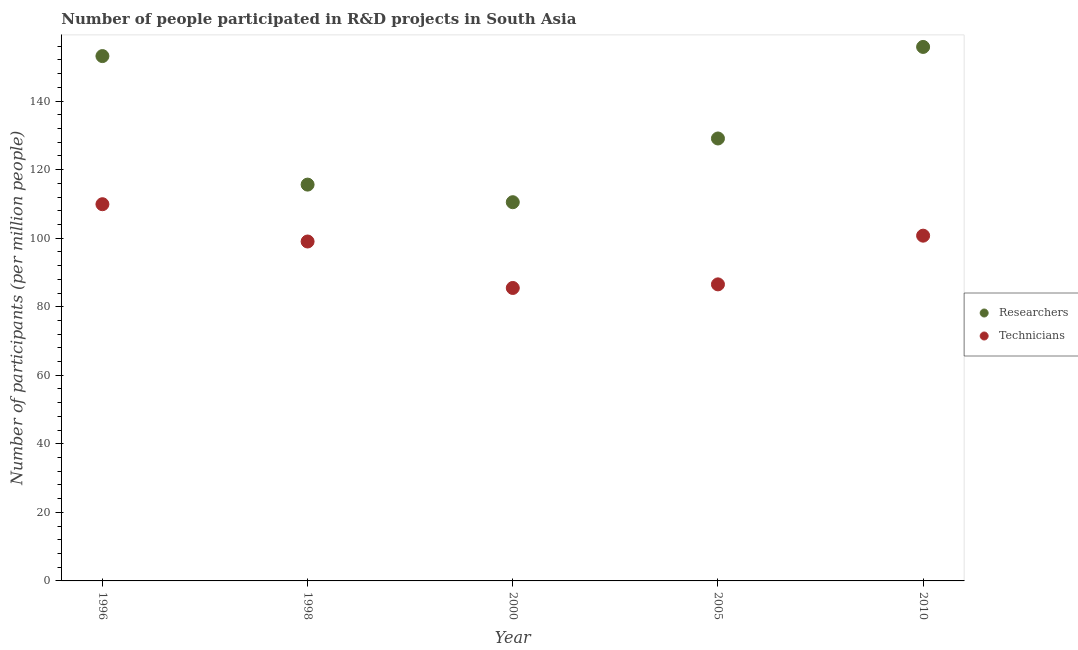
| Year | Researchers | Technicians |
 | --- | --- | --- |
 | 1996 | 153 | 110 |
 | 1998 | 116 | 99 |
 | 2000 | 110 | 85.5 |
 | 2005 | 129 | 86.5 |
 | 2010 | 156 | 101 |